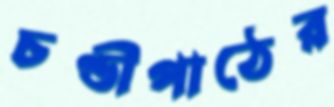
চণ্ডীপাঠের